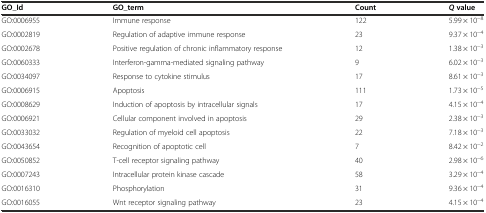
<table><thead><tr><td><b>GO_Id</b></td><td><b>GO_term</b></td><td><b>Count</b></td><td><b><i>Q</i>value</b></td></tr></thead><tbody><tr><td>GO:0006955</td><td>Immune response</td><td>122</td><td>5.99 × 10<sup>−8</sup></td></tr><tr><td>GO:0002819</td><td>Regulation of adaptive immune response</td><td>23</td><td>9.37 × 10<sup>−4</sup></td></tr><tr><td>GO:0002678</td><td>Positive regulation of chronic inflammatory response</td><td>12</td><td>1.38 × 10<sup>−3</sup></td></tr><tr><td>GO:0060333</td><td>Interferon-gamma-mediated signaling pathway</td><td>9</td><td>6.02 × 10<sup>−3</sup></td></tr><tr><td>GO:0034097</td><td>Response to cytokine stimulus</td><td>17</td><td>8.61 × 10<sup>−3</sup></td></tr><tr><td>GO:0006915</td><td>Apoptosis</td><td>111</td><td>1.73 × 10<sup>−5</sup></td></tr><tr><td>GO:0008629</td><td>Induction of apoptosis by intracellular signals</td><td>17</td><td>4.15 × 10<sup>−4</sup></td></tr><tr><td>GO:0006921</td><td>Cellular component involved in apoptosis</td><td>29</td><td>2.38 × 10<sup>−3</sup></td></tr><tr><td>GO:0033032</td><td>Regulation of myeloid cell apoptosis</td><td>22</td><td>7.18 × 10<sup>−3</sup></td></tr><tr><td>GO:0043654</td><td>Recognition of apoptotic cell</td><td>7</td><td>8.42 × 10<sup>−2</sup></td></tr><tr><td>GO:0050852</td><td>T-cell receptor signaling pathway</td><td>40</td><td>2.98 × 10<sup>−6</sup></td></tr><tr><td>GO:0007243</td><td>Intracellular protein kinase cascade</td><td>58</td><td>3.29 × 10<sup>−4</sup></td></tr><tr><td>GO:0016310</td><td>Phosphorylation</td><td>31</td><td>9.36 × 10<sup>−4</sup></td></tr><tr><td>GO:0016055</td><td>Wnt receptor signaling pathway</td><td>23</td><td>4.15 × 10<sup>−4</sup></td></tr></tbody></table>